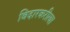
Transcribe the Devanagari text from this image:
विदारकरीत्या